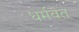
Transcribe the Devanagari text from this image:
धर्मवंत